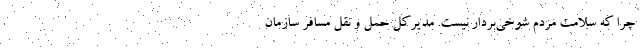
چرا که سلامت مردم شوخی‌بردار نیست. مدیرکل حمل و نقل مسافر سازمان